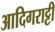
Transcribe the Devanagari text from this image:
आदिगराट्टी